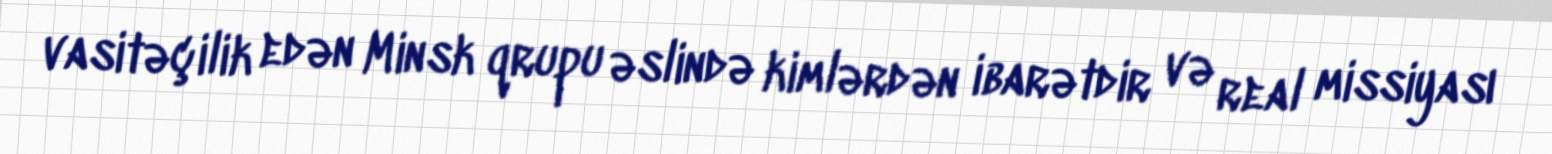
vasitəçilik edən Minsk qrupu əslində kimlərdən ibarətdir və real missiyası